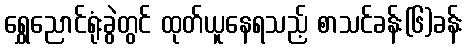
ရွှေညောင်ရုံးခွဲတွင် ထုတ်ယူနေရသည့် စာသင်ခန်း(၆)ခန်း